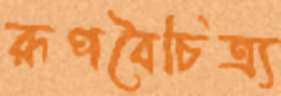
রূপবৈচিত্র্য